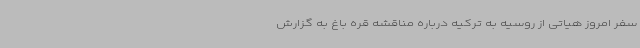
سفر امروز هیاتی از روسیه به ترکیه درباره مناقشه قره باغ به گزارش